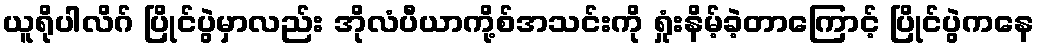
ယူရိုပါလိဂ် ပြိုင်ပွဲမှာလည်း အိုလံပီယာကို့စ်အသင်းကို ရှုံးနိမ့်ခဲ့တာကြောင့် ပြိုင်ပွဲကနေ